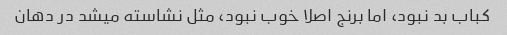
کباب بد نبود، اما برنج اصلا خوب نبود، مثل نشاسته میشد در دهان